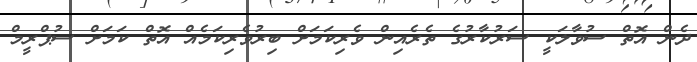
ދެން އޮތް ސުވާލަކީ ސަރުކާރުގެ ތެރެއިން ވެރިކަމަށް ބިރުވެރިކަމެއް އޮތް ކަމަށް ސުޕްރީމް